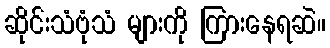
ဆိုင်းသံဗုံသံ များကို ကြားနေရဆဲ။